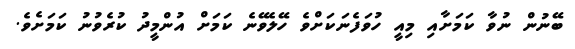
ބޭނުން ނުވާ ކަމަށާއި މިއީ ހުވަފެނަކަށްވެ ހޭލެވޭނެ ކަމަށް އުންމީދު ކުރެވުނު ކަމަށެވެ.